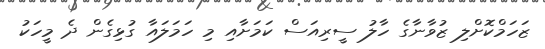
ޒަހަމްކޮށްލި ޒުވާނާގެ ހާލު ސީރިއަސް ކަމަށާއި މި ހަމަލައާ ގުޅިގެން ދެ މީހަކު